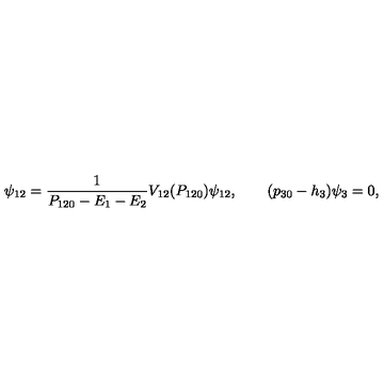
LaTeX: \psi _ { 1 2 } = { \frac { 1 } { P _ { 1 2 0 } - E _ { 1 } - E _ { 2 } } } V _ { 1 2 } ( P _ { 1 2 0 } ) \psi _ { 1 2 } , \qquad ( p _ { 3 0 } - h _ { 3 } ) \psi _ { 3 } = 0 ,